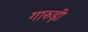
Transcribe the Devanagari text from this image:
गारुड़ी